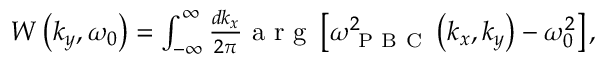
\begin{array} { r } { W \left( k _ { y } , \omega _ { 0 } \right) = \int _ { - \infty } ^ { \infty } \frac { d k _ { x } } { 2 \pi } \mathrm { ~ a ~ r ~ g ~ } \left[ \omega _ { \mathrm { ~ P ~ B ~ C ~ } } ^ { 2 } \left( k _ { x } , k _ { y } \right) - \omega _ { 0 } ^ { 2 } \right] , } \end{array}